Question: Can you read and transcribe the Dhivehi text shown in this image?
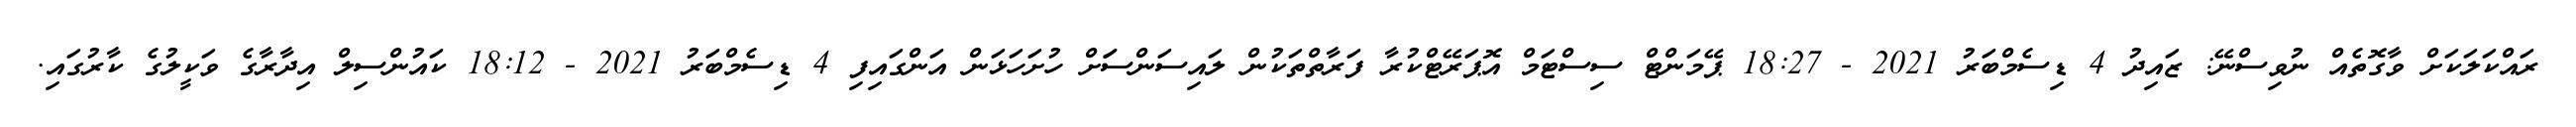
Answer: ރައްކަލަކަށް ވާގޮތެއް ނުވިސްނޭ: ޒައިދު 4 ޑިސެމްބަރު 2021 - 18:27 ޕޭމަންޓް ސިސްޓަމް އޮޕަރޭޓްކުރާ ފަރާތްތަކުން ލައިސަންސަަށް ހުށަހަޅަން އަންގައިފި 4 ޑިސެމްބަރު 2021 - 18:12 ކައުންސިލް އިދާރާގެ ވަކީލުގެ ކާރުގައި.